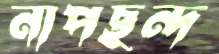
নাপছন্দ